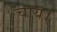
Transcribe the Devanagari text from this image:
चाय।